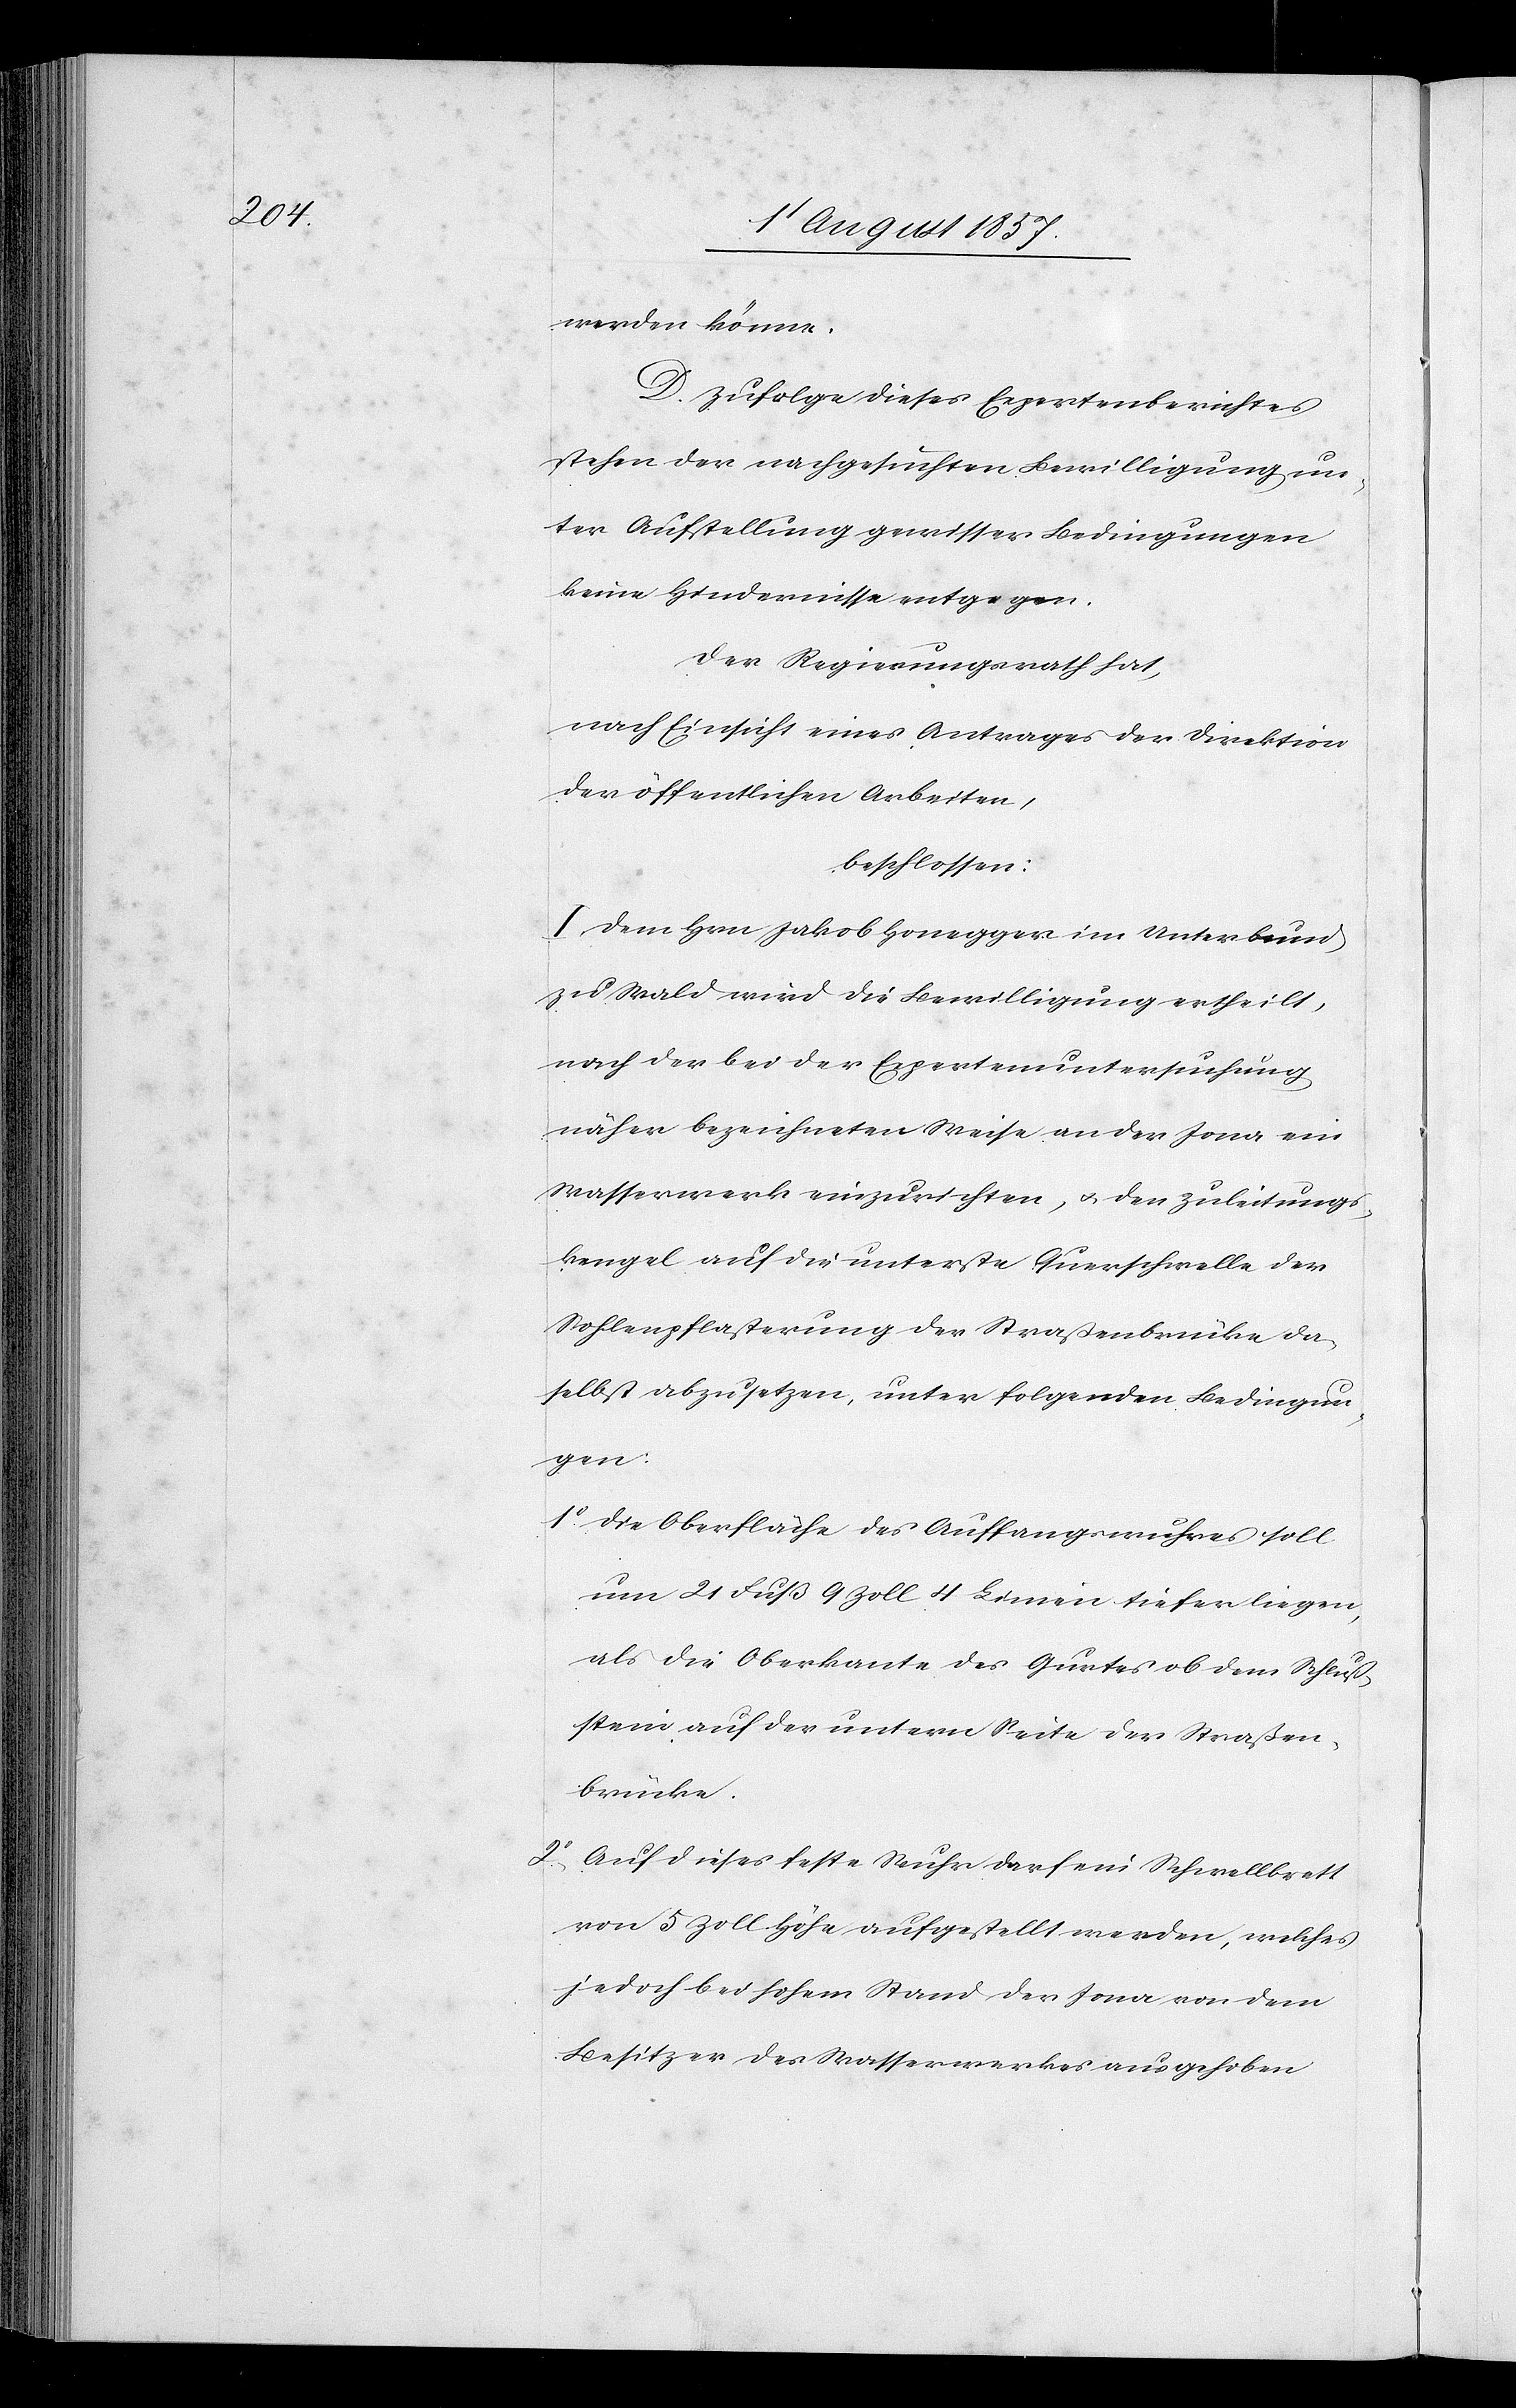
werden könne.
D. Zufolge dieses Expertenberichtes
stehen der nachgesuchten Bewilligung un¬
ter Aufstellung gewisser Bedingungen
keine Hindernisse entgegen.
Der Regierungsrath hat,
nach Einsicht eines Antrages der Direktion
der öffentlichen Arbeiten,
beschlossen:
I. Dem Hrn. Jakob Honegger im Unterbund
zu Wald wird die Bewilligung ertheilt,
nach der bei der Expertenuntersuchung
näher bezeichneten Weise an der Jona ein
Wasserwerk einzurichten, & den Zuleitungs¬
hengel auf die unterste Querschwelle der
Sohlenpflasterung der Straßenbrücke da¬
selbst abzusezten, unter folgenden Bedingun¬
gen:
1o, Die Oberfläche des Auffangswuhres soll
um 21 Fuß 9 Zoll 4 Linien tiefer liegen,
als die Oberkante des Gurtes ob dem Schluß¬
stein auf der untern Seite der Straßen¬
brücke.
2o, Auf dieses feste Wuhr darf ein Schwellbrett
von 5 Zoll Höhe aufgestellt werden, welches
jedoch bei hohem Stand der Jona von dem
Besitzer des Wasserwerkes ausgehoben